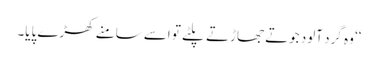
‘‘ وہ گرد آلود جوتے جھاڑتے پلٹے تو اسے سامنے کھڑے پایا۔